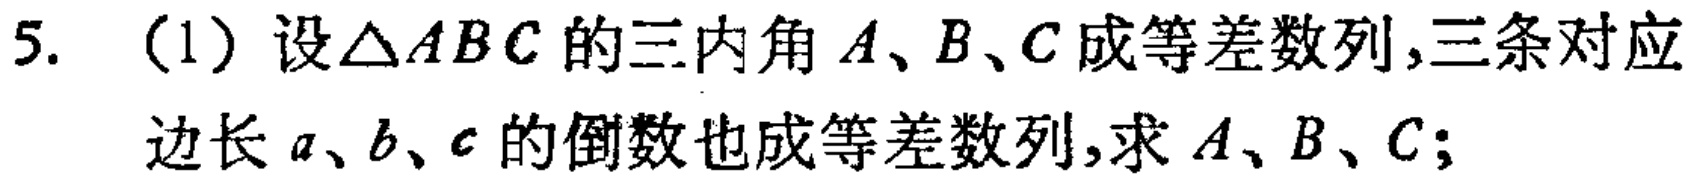
5. （1）设\(\triangle ABC\)的三内角\(A、B、C\)成等差数列，三条对应边长\(a、b、c\)的倒数也成等差数列，求\(A、B、C\)；